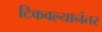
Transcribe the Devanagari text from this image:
टिकवल्यानंतर